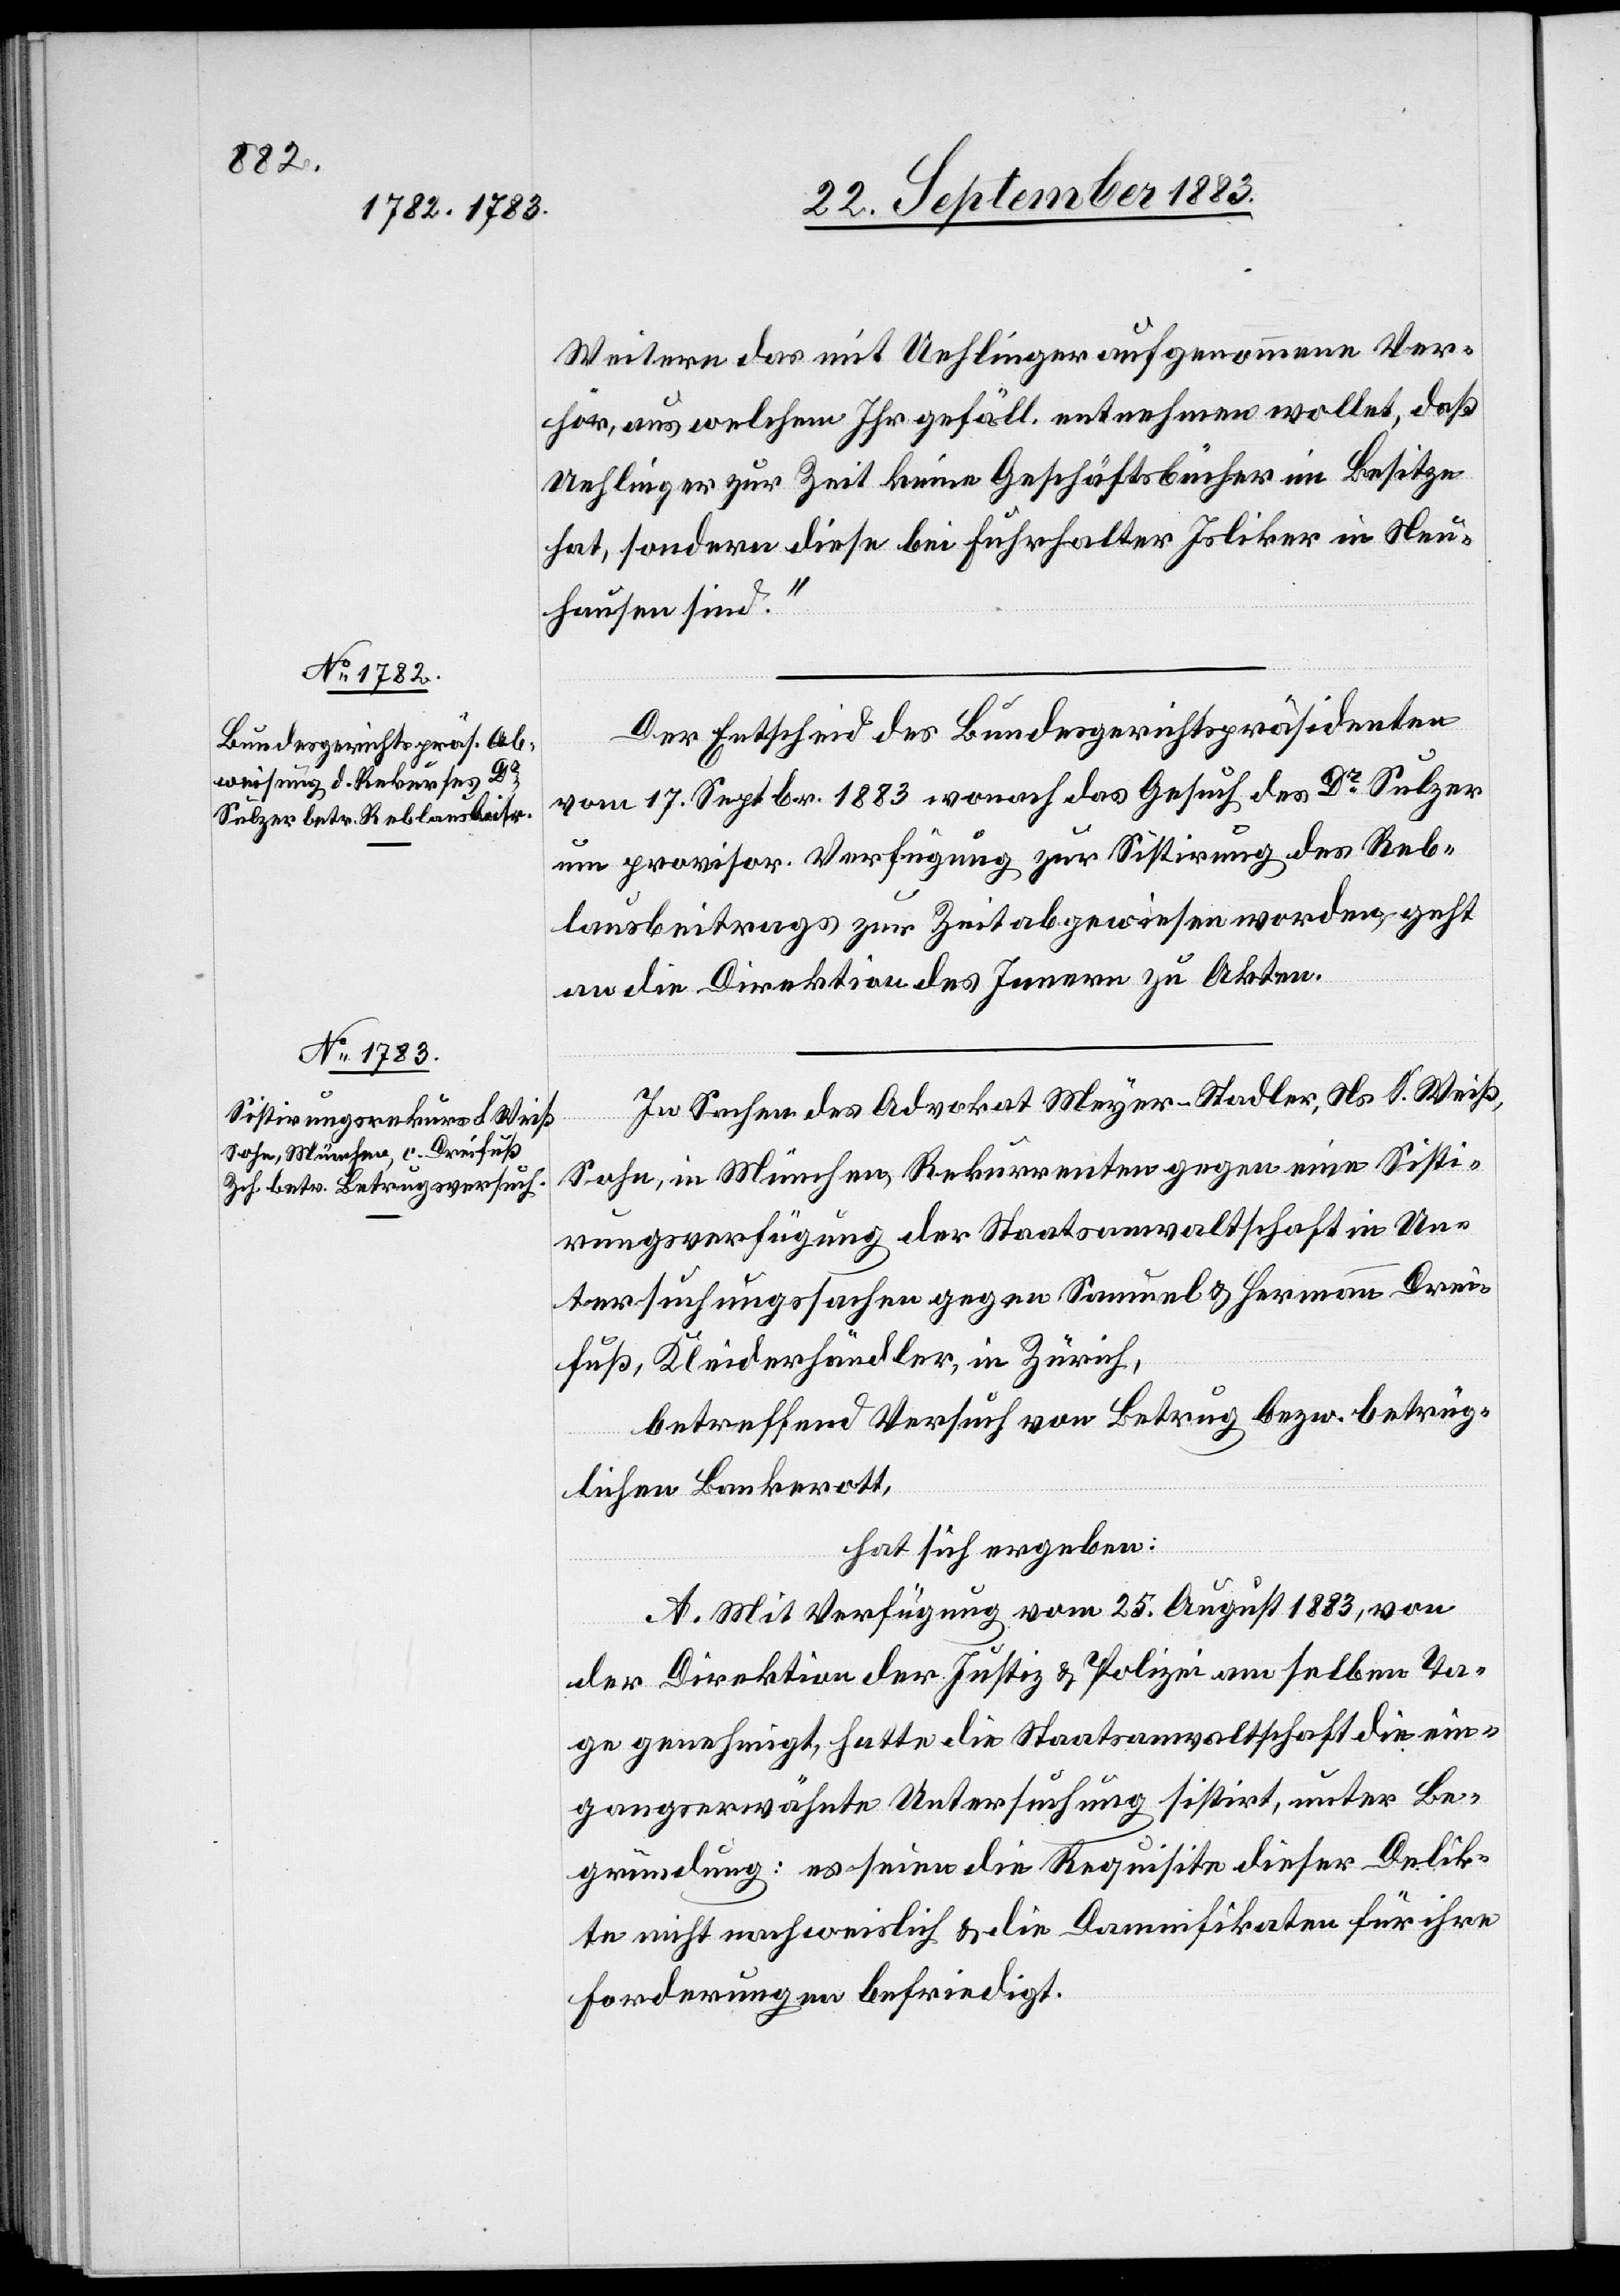
Weitern das mit Uehlinger aufgenommene Ver¬
hör, aus welchem Ihr gefäll. entnehmen wollet, daß
Uehlinger zur Zeit keine Geschäftsbücher im Besitze
hat, sondern diese bei Fuhrhalter Isliker in Neu¬
hausen sind.“
Der Entscheid des Bundesgerichtspräsidenten
vom 17. Septbr. 1883 wonach das Gesuch des Dr Sulzer
um provisor. Verfügung zur Sistirung des Reb¬
lausbeitrages zur Zeit abgewiesen worden, geht
an die Direktion des Innern zu Akten.